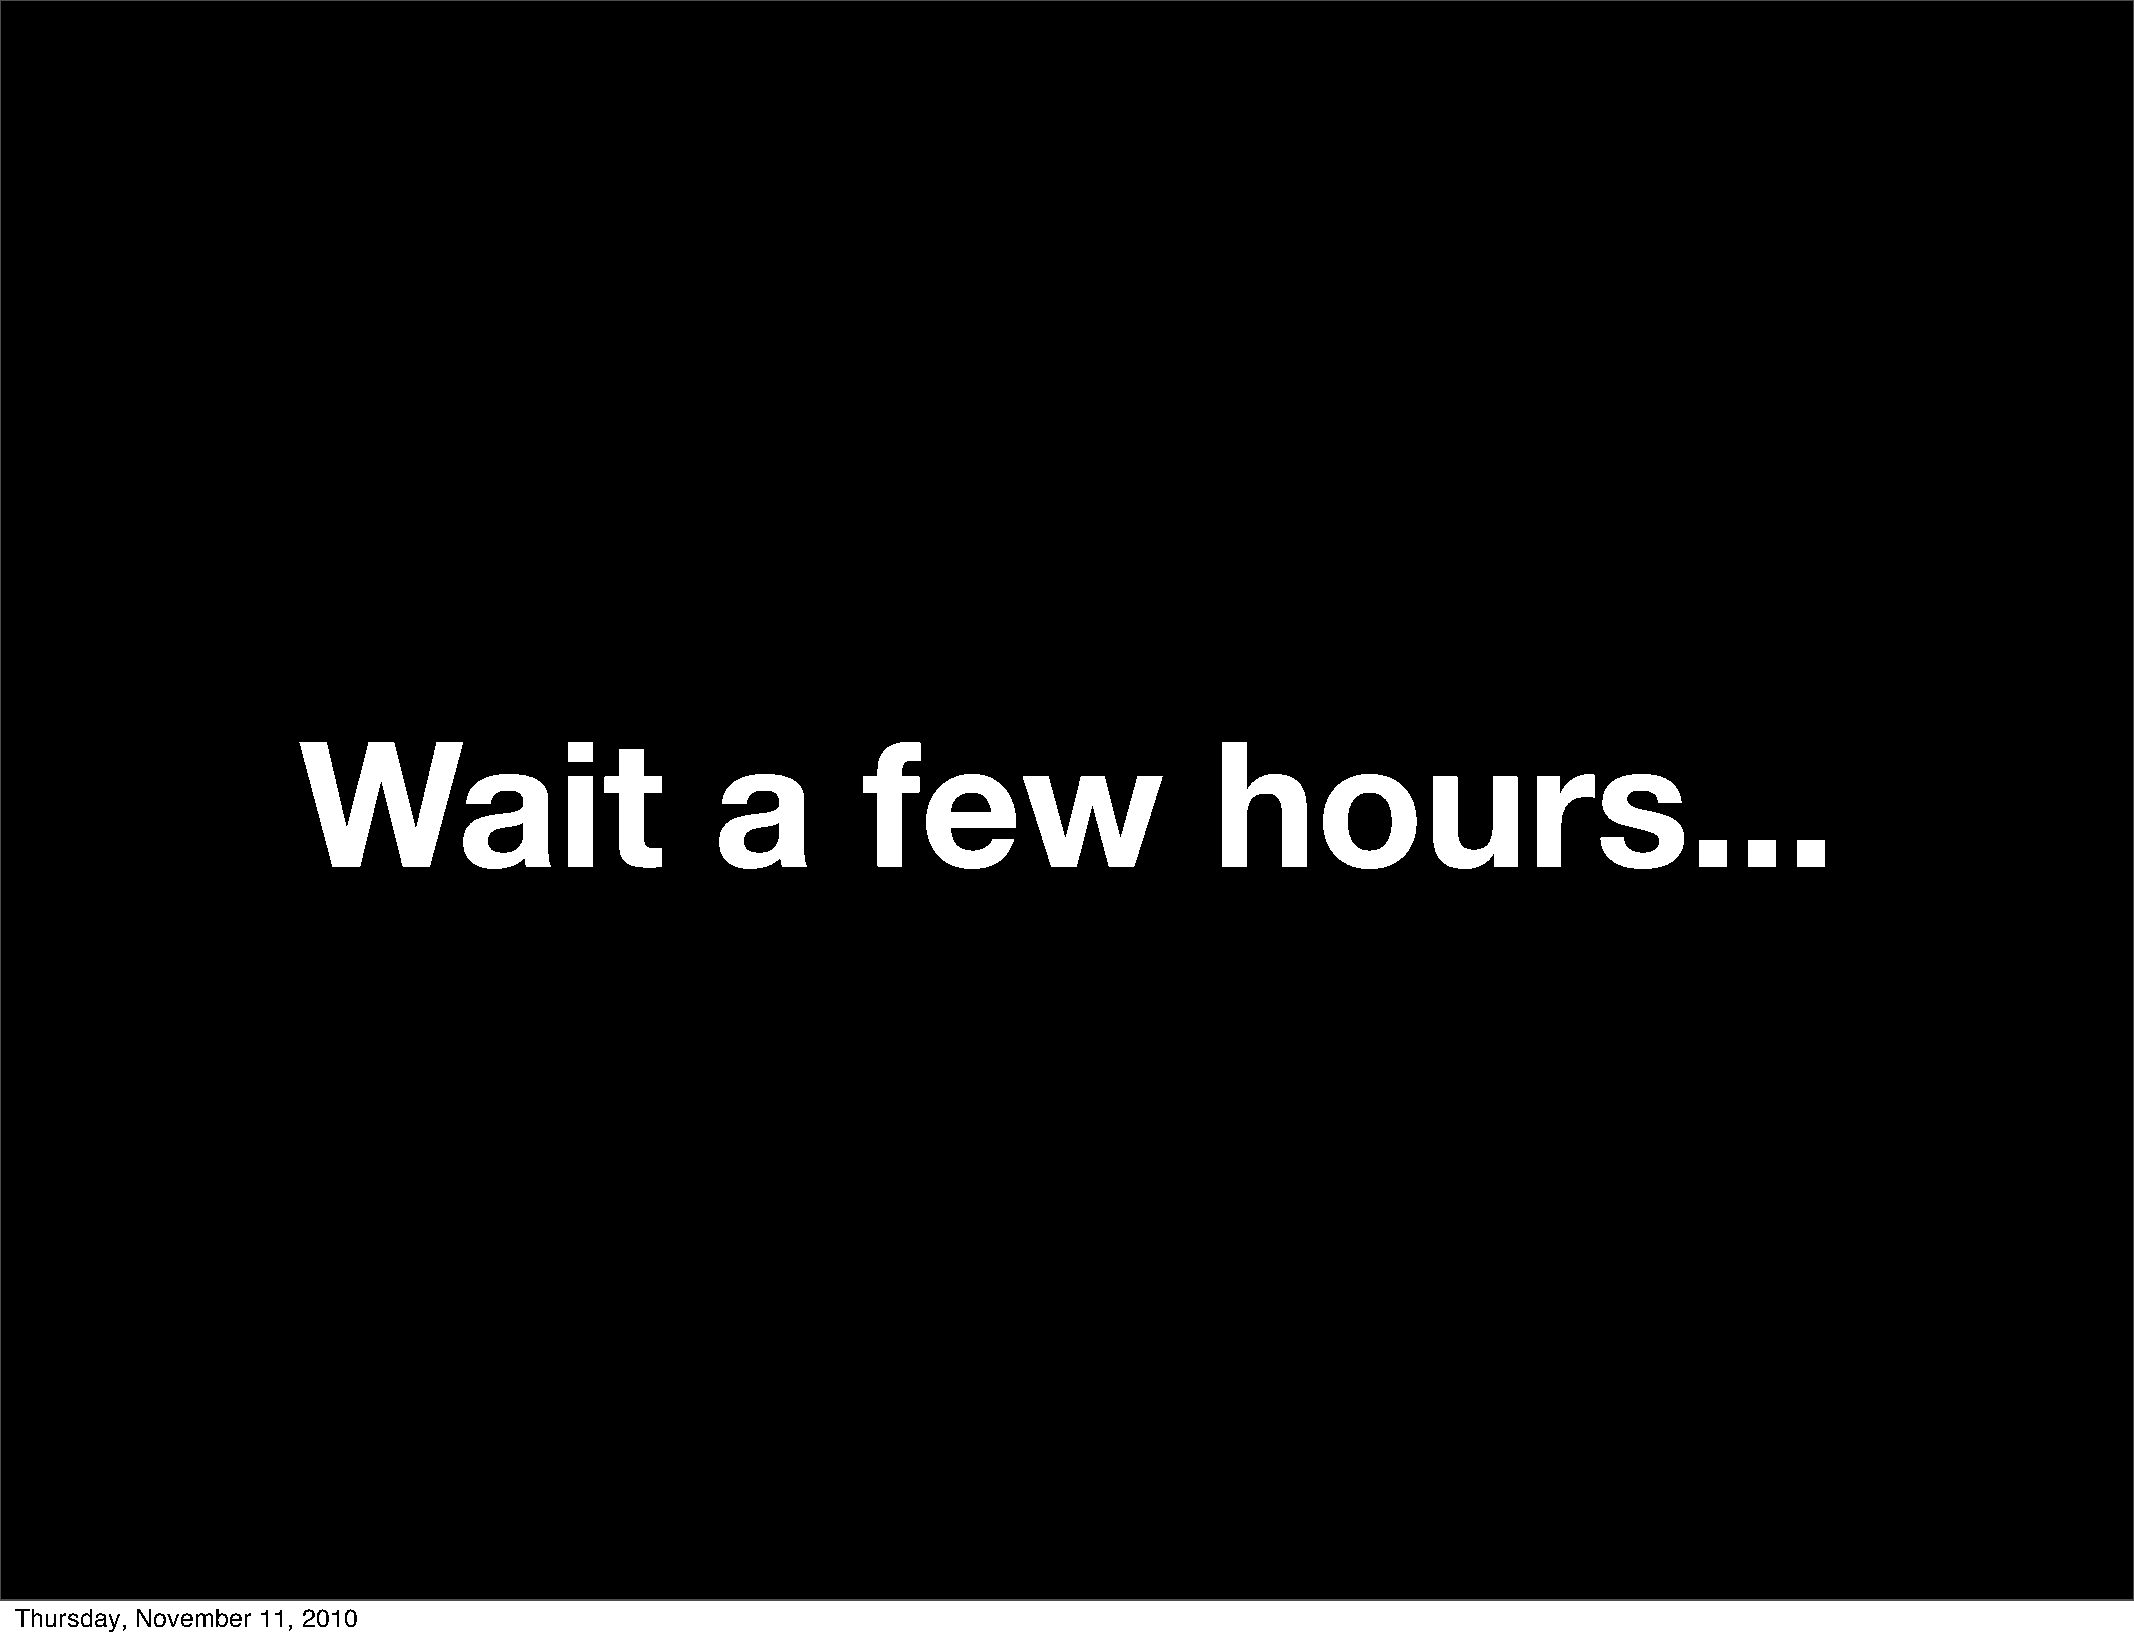
Wait                       a         few                    hours...
 Thursday, November 11, 2010